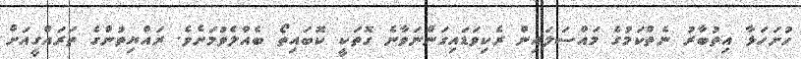
ހުށަހަޅާ އިތުބާރު ނެތްކަމުގެ މައްސަލައިން ރެކިވަޑައިގަންނަވާނެ ގޮތަކީ ކޮބައިތޯ ބެއްލެވުމަށެވެ. ރައްޔިތުންގެ ތަރައްގީއަށް